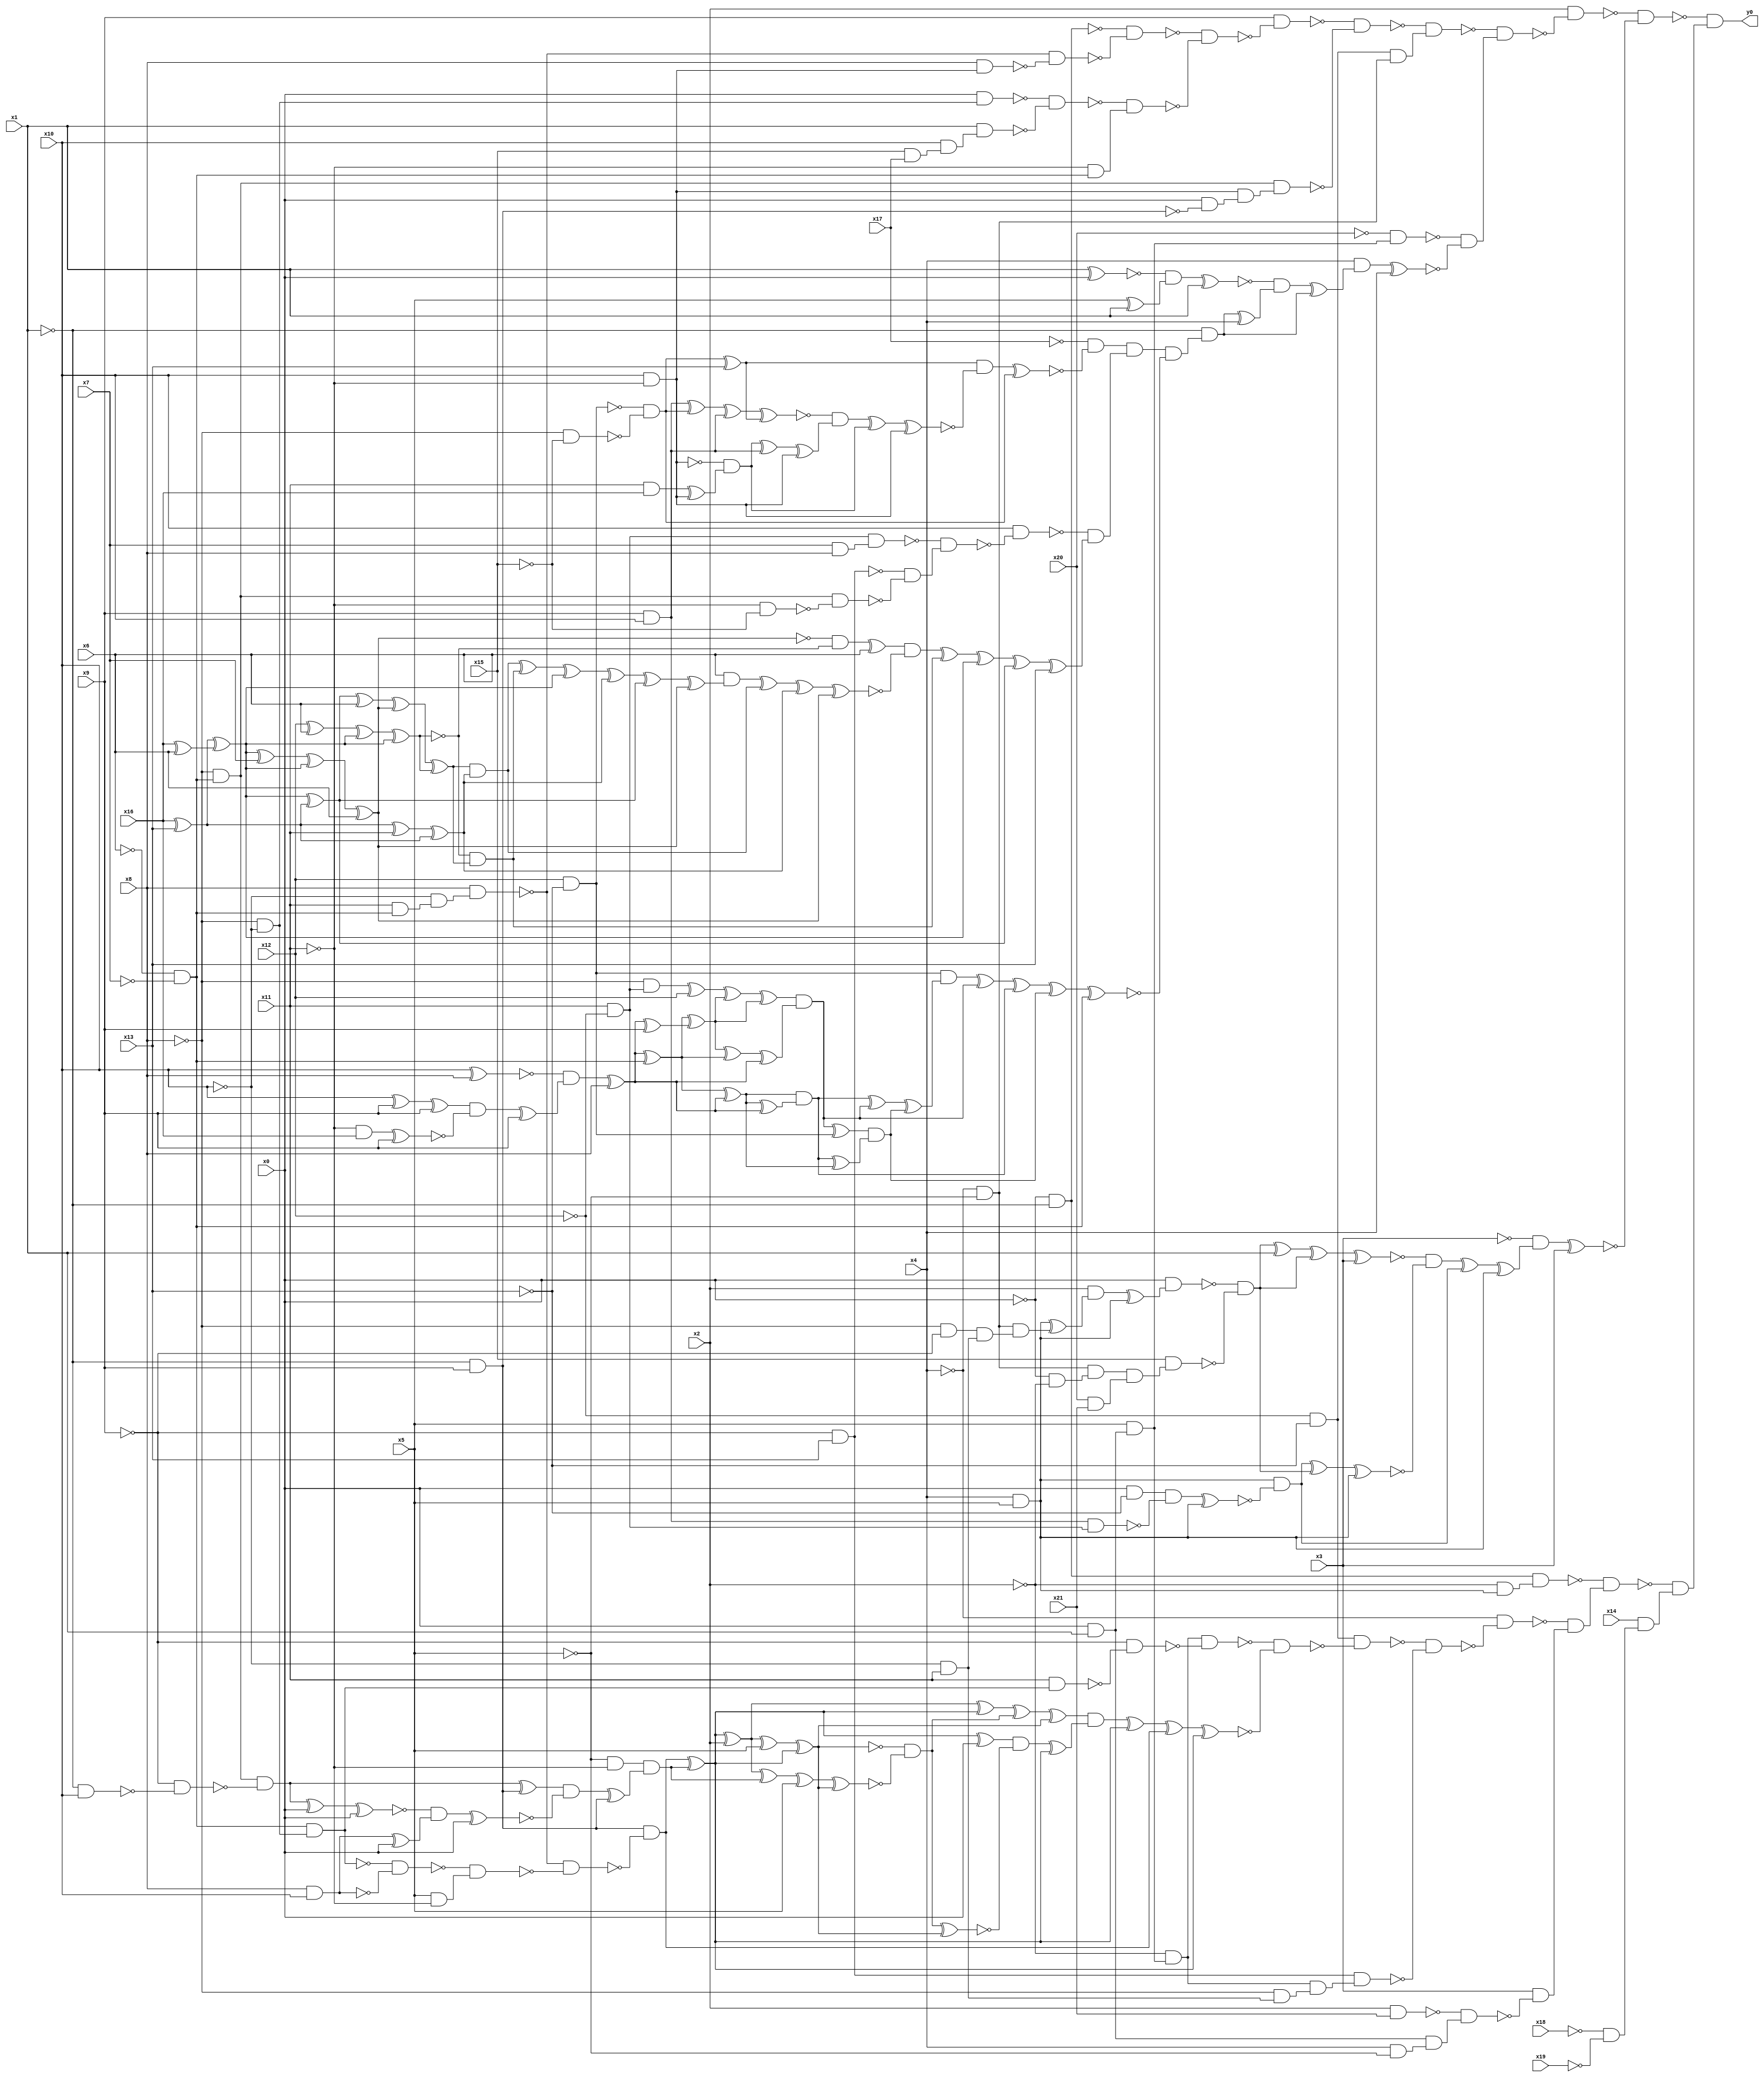
module top( x0 , x1 , x2 , x3 , x4 , x5 , x6 , x7 , x8 , x9 , x10 , x11 , x12 , x13 , x14 , x15 , x16 , x17 , x18 , x19 , x20 , x21 , y0 );
  input x0 , x1 , x2 , x3 , x4 , x5 , x6 , x7 , x8 , x9 , x10 , x11 , x12 , x13 , x14 , x15 , x16 , x17 , x18 , x19 , x20 , x21 ;
  output y0 ;
  wire n23 , n24 , n25 , n26 , n27 , n28 , n29 , n30 , n31 , n32 , n33 , n34 , n35 , n36 , n37 , n38 , n39 , n40 , n41 , n42 , n43 , n44 , n45 , n46 , n47 , n48 , n49 , n50 , n51 , n52 , n53 , n54 , n55 , n56 , n57 , n58 , n59 , n60 , n61 , n62 , n63 , n64 , n65 , n66 , n67 , n68 , n69 , n70 , n71 , n72 , n73 , n74 , n75 , n76 , n77 , n78 , n79 , n80 , n81 , n82 , n83 , n84 , n85 , n86 , n87 , n88 , n89 , n90 , n91 , n92 , n93 , n94 , n95 , n96 , n97 , n98 , n99 , n100 , n101 , n102 , n103 , n104 , n105 , n106 , n107 , n108 , n109 , n110 , n111 , n112 , n113 , n114 , n115 , n116 , n117 , n118 , n119 , n120 , n121 , n122 , n123 , n124 , n125 , n126 , n127 , n128 , n129 , n130 , n131 , n132 , n133 , n134 , n135 , n136 , n137 , n138 , n139 , n140 , n141 , n142 , n143 , n144 , n145 , n146 , n147 , n148 , n149 , n150 , n151 , n152 , n153 , n154 , n155 , n156 , n157 , n158 , n159 , n160 , n161 , n162 , n163 , n164 , n165 , n166 , n167 , n168 , n169 , n170 , n171 , n172 , n173 , n174 , n175 , n176 , n177 , n178 , n179 , n180 , n181 , n182 , n183 , n184 , n185 , n186 , n187 , n188 , n189 , n190 , n191 , n192 , n193 , n194 , n195 , n196 , n197 , n198 , n199 , n200 , n201 , n202 , n203 , n204 , n205 , n206 , n207 , n208 , n209 , n210 , n211 , n212 , n213 , n214 , n215 , n216 , n217 , n218 , n219 , n220 , n221 , n222 , n223 , n224 , n225 , n226 , n227 , n228 , n229 , n230 , n231 , n232 , n233 , n234 , n235 , n236 , n237 , n238 , n239 , n240 , n241 , n242 , n243 , n244 , n245 , n246 , n247 , n248 , n249 , n250 , n251 , n252 , n253 , n254 , n255 , n256 , n257 ;
  assign n23 = ~x0 & ~x1 ;
  assign n24 = ~x6 & ~x7 ;
  assign n25 = x11 & n24 ;
  assign n26 = ~x10 & n25 ;
  assign n27 = x8 & n26 ;
  assign n28 = x10 & ~x11 ;
  assign n29 = x8 & n28 ;
  assign n30 = ~n27 & ~n29 ;
  assign n31 = ~n23 & ~n30 ;
  assign n32 = ~x8 & ~x10 ;
  assign n33 = x0 & n32 ;
  assign n34 = x15 & x17 ;
  assign n35 = x10 & n34 ;
  assign n36 = x1 & n35 ;
  assign n37 = ~n33 & ~n36 ;
  assign n38 = ~x11 & n24 ;
  assign n39 = ~n37 & n38 ;
  assign n40 = ~n31 & ~n39 ;
  assign n41 = x9 & ~n40 ;
  assign n42 = ~x8 & n24 ;
  assign n43 = ~x1 & x9 ;
  assign n44 = x0 & ~n43 ;
  assign n45 = n28 & n44 ;
  assign n46 = n42 & n45 ;
  assign n47 = ~n41 & ~n46 ;
  assign n48 = ~x12 & ~x13 ;
  assign n49 = ~x4 & ~x5 ;
  assign n50 = n48 & n49 ;
  assign n51 = ~n47 & n50 ;
  assign n52 = x0 & x1 ;
  assign n53 = x5 & n52 ;
  assign n54 = ~x20 & n53 ;
  assign n55 = x1 ^ x0 ;
  assign n56 = x5 ^ x1 ;
  assign n57 = ~n55 & n56 ;
  assign n58 = n57 ^ x1 ;
  assign n59 = x12 & ~x13 ;
  assign n60 = ~x8 & ~x15 ;
  assign n61 = ~n59 & ~n60 ;
  assign n62 = n61 ^ x13 ;
  assign n63 = x9 & x10 ;
  assign n64 = n63 ^ n61 ;
  assign n65 = n64 ^ n63 ;
  assign n66 = n65 ^ n62 ;
  assign n67 = x11 & x16 ;
  assign n68 = n67 ^ n28 ;
  assign n69 = ~n28 & n68 ;
  assign n70 = n69 ^ n63 ;
  assign n71 = n70 ^ n28 ;
  assign n72 = ~n66 & n71 ;
  assign n73 = n72 ^ n69 ;
  assign n74 = n73 ^ n28 ;
  assign n75 = n62 & ~n74 ;
  assign n76 = n75 ^ n61 ;
  assign n77 = ~x17 & ~n76 ;
  assign n78 = x11 & ~x12 ;
  assign n79 = x7 & x8 ;
  assign n80 = n78 & n79 ;
  assign n81 = ~x9 & x13 ;
  assign n82 = ~x11 & ~x15 ;
  assign n83 = n42 & ~n82 ;
  assign n84 = ~n81 & ~n83 ;
  assign n85 = ~n80 & n84 ;
  assign n86 = x10 & ~n85 ;
  assign n88 = x16 ^ x13 ;
  assign n87 = x16 ^ x6 ;
  assign n89 = n88 ^ n87 ;
  assign n90 = n89 ^ x7 ;
  assign n91 = n90 ^ n89 ;
  assign n92 = n91 ^ x6 ;
  assign n93 = x12 ^ x6 ;
  assign n94 = n93 ^ n89 ;
  assign n95 = n94 ^ n89 ;
  assign n96 = ~n92 & ~n95 ;
  assign n97 = n96 ^ x6 ;
  assign n98 = n89 ^ n88 ;
  assign n99 = n98 ^ x6 ;
  assign n100 = n99 ^ n92 ;
  assign n101 = n100 ^ n95 ;
  assign n103 = n88 ^ x11 ;
  assign n104 = n103 ^ n88 ;
  assign n105 = n101 & n104 ;
  assign n102 = ~n95 & n101 ;
  assign n106 = n105 ^ n102 ;
  assign n107 = n106 ^ n89 ;
  assign n108 = n107 ^ n104 ;
  assign n109 = n108 ^ n98 ;
  assign n110 = n109 ^ n92 ;
  assign n111 = x6 & n110 ;
  assign n112 = n111 ^ n105 ;
  assign n113 = n112 ^ n104 ;
  assign n114 = n113 ^ n92 ;
  assign n115 = n97 & ~n114 ;
  assign n116 = n115 ^ n102 ;
  assign n117 = n116 ^ n89 ;
  assign n118 = n117 ^ n98 ;
  assign n119 = n118 ^ x13 ;
  assign n120 = ~n86 & n119 ;
  assign n121 = n77 & n120 ;
  assign n122 = x10 ^ x8 ;
  assign n123 = x10 ^ x9 ;
  assign n124 = n123 ^ x9 ;
  assign n125 = ~x11 & x16 ;
  assign n126 = n125 ^ x9 ;
  assign n127 = n124 & ~n126 ;
  assign n128 = n127 ^ x9 ;
  assign n129 = ~n122 & n128 ;
  assign n130 = n129 ^ x8 ;
  assign n132 = n130 ^ n24 ;
  assign n142 = n132 ^ n130 ;
  assign n143 = n142 ^ n130 ;
  assign n144 = n142 & n143 ;
  assign n134 = ~x8 & n78 ;
  assign n135 = n134 ^ x12 ;
  assign n131 = n130 ^ x9 ;
  assign n133 = n132 ^ n131 ;
  assign n136 = n135 ^ n133 ;
  assign n137 = n136 ^ n133 ;
  assign n138 = n133 ^ n132 ;
  assign n139 = n138 ^ n130 ;
  assign n140 = n137 & n139 ;
  assign n147 = n144 ^ n140 ;
  assign n141 = n140 ^ n59 ;
  assign n145 = n144 ^ n142 ;
  assign n146 = n141 & n145 ;
  assign n148 = n147 ^ n146 ;
  assign n149 = n59 & n148 ;
  assign n150 = n149 ^ n140 ;
  assign n151 = n150 ^ n144 ;
  assign n152 = n151 ^ n146 ;
  assign n153 = n152 ^ n24 ;
  assign n154 = n121 & ~n153 ;
  assign n155 = ~x1 & n154 ;
  assign n156 = n155 ^ x4 ;
  assign n157 = ~n58 & n156 ;
  assign n158 = n157 ^ n155 ;
  assign n159 = x4 & n158 ;
  assign n160 = n159 ^ x4 ;
  assign n161 = ~n54 & ~n160 ;
  assign n162 = ~n51 & n161 ;
  assign n163 = x2 & ~n162 ;
  assign n168 = x4 & x5 ;
  assign n164 = ~x8 & ~x9 ;
  assign n165 = ~x10 & x11 ;
  assign n166 = n164 & n165 ;
  assign n167 = n49 & n166 ;
  assign n169 = n168 ^ n167 ;
  assign n170 = x2 & n169 ;
  assign n171 = n170 ^ n168 ;
  assign n172 = x0 & n171 ;
  assign n173 = ~x0 & ~x2 ;
  assign n174 = n49 & n173 ;
  assign n175 = x20 & x21 ;
  assign n176 = n174 & n175 ;
  assign n177 = x15 & n176 ;
  assign n178 = ~n172 & ~n177 ;
  assign n179 = n178 ^ x1 ;
  assign n180 = n179 ^ n178 ;
  assign n181 = n180 ^ x3 ;
  assign n182 = x0 & ~x13 ;
  assign n183 = n63 & n78 ;
  assign n184 = n182 & ~n183 ;
  assign n185 = n184 ^ n168 ;
  assign n186 = n168 & ~n185 ;
  assign n187 = n186 ^ n178 ;
  assign n188 = n187 ^ n168 ;
  assign n189 = ~n181 & ~n188 ;
  assign n190 = n189 ^ n186 ;
  assign n191 = n190 ^ n168 ;
  assign n192 = ~x3 & n191 ;
  assign n193 = n192 ^ x3 ;
  assign n194 = ~n163 & ~n193 ;
  assign n195 = ~x2 & n168 ;
  assign n196 = n23 & n195 ;
  assign n197 = ~x2 & n53 ;
  assign n198 = n24 & n32 ;
  assign n199 = x11 & n198 ;
  assign n200 = ~x9 & ~n199 ;
  assign n201 = n197 & ~n200 ;
  assign n209 = x8 & x10 ;
  assign n216 = ~n198 & ~n209 ;
  assign n217 = x5 & ~x11 ;
  assign n218 = ~n216 & n217 ;
  assign n219 = ~n27 & ~n218 ;
  assign n220 = n43 & ~n219 ;
  assign n202 = ~x5 & ~x11 ;
  assign n203 = ~x1 & x10 ;
  assign n204 = ~x9 & ~n203 ;
  assign n205 = n42 & ~n204 ;
  assign n206 = n205 ^ n43 ;
  assign n207 = n205 ^ x0 ;
  assign n208 = n207 ^ x0 ;
  assign n210 = n209 ^ x0 ;
  assign n211 = ~n208 & n210 ;
  assign n212 = n211 ^ x0 ;
  assign n213 = n206 & ~n212 ;
  assign n214 = n213 ^ n43 ;
  assign n215 = n202 & n214 ;
  assign n221 = n220 ^ n215 ;
  assign n222 = n221 ^ x2 ;
  assign n229 = n222 ^ n221 ;
  assign n223 = n222 ^ x5 ;
  assign n224 = n223 ^ n221 ;
  assign n225 = n222 ^ n215 ;
  assign n226 = n225 ^ x5 ;
  assign n227 = n226 ^ n224 ;
  assign n228 = ~n224 & ~n227 ;
  assign n230 = n229 ^ n228 ;
  assign n231 = n230 ^ n224 ;
  assign n232 = n221 ^ x0 ;
  assign n233 = n228 ^ n224 ;
  assign n234 = n232 & ~n233 ;
  assign n235 = n234 ^ n221 ;
  assign n236 = n231 & n235 ;
  assign n237 = n236 ^ n221 ;
  assign n238 = n237 ^ n220 ;
  assign n239 = n238 ^ n221 ;
  assign n240 = ~n201 & ~n239 ;
  assign n241 = n48 & ~n240 ;
  assign n242 = ~x8 & n165 ;
  assign n243 = n197 & n242 ;
  assign n244 = n81 & n243 ;
  assign n245 = ~n241 & ~n244 ;
  assign n246 = ~x4 & ~n245 ;
  assign n247 = x2 & x21 ;
  assign n248 = x4 & ~x5 ;
  assign n249 = n52 & n248 ;
  assign n250 = ~n247 & n249 ;
  assign n251 = x3 & ~n250 ;
  assign n252 = ~n246 & n251 ;
  assign n253 = ~n196 & n252 ;
  assign n254 = ~x18 & ~x19 ;
  assign n255 = x14 & n254 ;
  assign n256 = ~n253 & n255 ;
  assign n257 = ~n194 & n256 ;
  assign y0 = n257 ;
endmodule